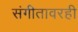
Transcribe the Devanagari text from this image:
संगीतावरही